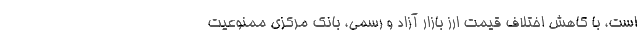
است، با کاهش اختلاف قیمت ارز بازار آزاد و رسمی، بانک مرکزی ممنوعیت